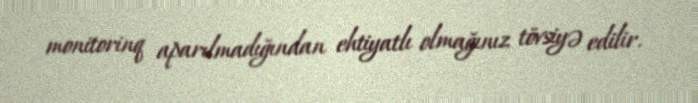
monitorinq aparılmadığından ehtiyatlı olmağınız tövsiyə edilir.